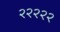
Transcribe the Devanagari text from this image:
२२२२२